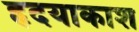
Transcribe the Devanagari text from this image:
हृदयाकाश